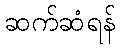
ဆက်ဆံရန်